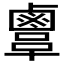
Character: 𪉫